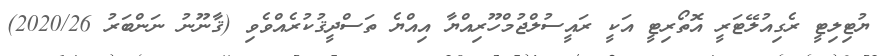
ޔުޓިލިޓީ ރެގިއުލޭޓަރީ އޮތޯރިޓީ އަކީ ރައީސުލްޖުމްހޫރިއްޔާ އިއްޔެ ތަސްދީޤުކުރެއްވެވި (ޤާނޫނު ނަންބަރު 2020/26)